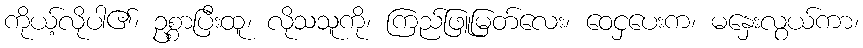
ကိုယ့်လိုပါ၏၊ ဥစ္စာပြီးထူ၊ လိုသသူကို၊ ကြည်ဖြူမြတ်လေး၊ ဝေငှပေးက၊ မနှေးလွယ်ကာ၊